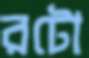
রটো